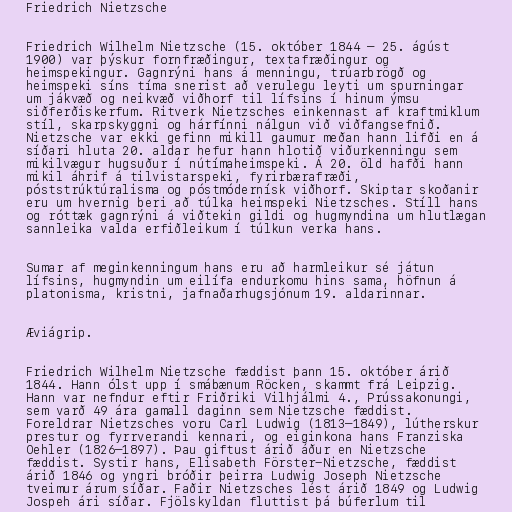
Friedrich Nietzsche

Friedrich Wilhelm Nietzsche (15. október 1844 – 25. ágúst
1900) var þýskur fornfræðingur, textafræðingur og
heimspekingur. Gagnrýni hans á menningu, trúarbrögð og
heimspeki síns tíma snerist að verulegu leyti um spurningar
um jákvæð og neikvæð viðhorf til lífsins í hinum ýmsu
siðferðiskerfum. Ritverk Nietzsches einkennast af kraftmiklum
stíl, skarpskyggni og hárfínni nálgun við viðfangsefnið.
Nietzsche var ekki gefinn mikill gaumur meðan hann lifði en á
síðari hluta 20. aldar hefur hann hlotið viðurkenningu sem
mikilvægur hugsuður í nútímaheimspeki. Á 20. öld hafði hann
mikil áhrif á tilvistarspeki, fyrirbærafræði,
póststrúktúralisma og póstmódernísk viðhorf. Skiptar skoðanir
eru um hvernig beri að túlka heimspeki Nietzsches. Stíll hans
og róttæk gagnrýni á viðtekin gildi og hugmyndina um hlutlægan
sannleika valda erfiðleikum í túlkun verka hans.

Sumar af meginkenningum hans eru að harmleikur sé játun
lífsins, hugmyndin um eilífa endurkomu hins sama, höfnun á
platonisma, kristni, jafnaðarhugsjónum 19. aldarinnar.

Æviágrip.

Friedrich Wilhelm Nietzsche fæddist þann 15. október árið
1844. Hann ólst upp í smábænum Röcken, skammt frá Leipzig.
Hann var nefndur eftir Friðriki Vilhjálmi 4., Prússakonungi,
sem varð 49 ára gamall daginn sem Nietzsche fæddist.
Foreldrar Nietzsches voru Carl Ludwig (1813–1849), lútherskur
prestur og fyrrverandi kennari, og eiginkona hans Franziska
Oehler (1826–1897). Þau giftust árið áður en Nietzsche
fæddist. Systir hans, Elisabeth Förster-Nietzsche, fæddist
árið 1846 og yngri bróðir þeirra Ludwig Joseph Nietzsche
tveimur árum síðar. Faðir Nietzsches lést árið 1849 og Ludwig
Jospeh ári síðar. Fjölskyldan fluttist þá búferlum til